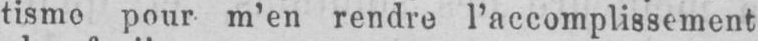
tisme pour m’en rendre l’accomplissement